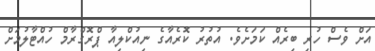
އަށް ވެސް ހުރި ބިރެއް ކަމަށެވެ. އުތުުރު ކޮރެއާގެ ނިއުކްލިއާ ޕްރޮގްރާމް ހުއްޓާލުމަށް